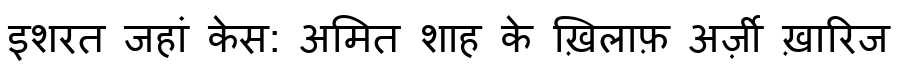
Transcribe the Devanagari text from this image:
इशरत जहां केस: अमित शाह के ख़िलाफ़ अर्ज़ी ख़ारिज